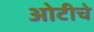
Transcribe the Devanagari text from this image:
ओटीचे